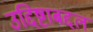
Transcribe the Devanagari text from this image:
उद्दिष्टाबद्दल